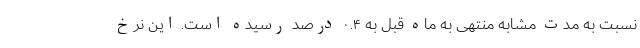
نسبت به مدت مشابه منتهی به ماه قبل به ۰.۴ درصد رسیده است. این نرخ